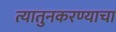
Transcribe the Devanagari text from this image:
त्यातुनकरण्याचा